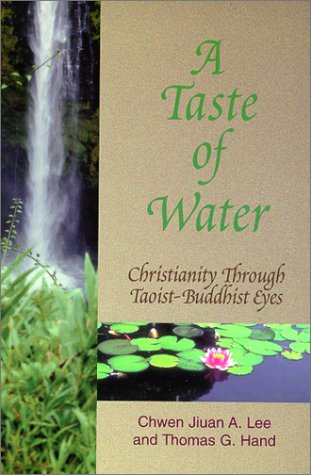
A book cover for A Taste of Water: Christianity Through Taoist-Buddhist Eyes; Chwen A. Lee; Religion & Spirituality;